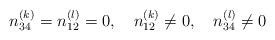
LaTeX: \begin{align*}n_{34}^{(k)}=n_{12}^{(l)}=0, \quad n_{12}^{(k)} \ne 0, \quad n_{34}^{(l)} \ne 0\end{align*}